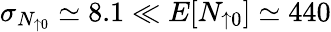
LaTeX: \sigma_{N_{\uparrow 0}}\simeq 8.1\ll E[N_{\uparrow 0}]\simeq 440